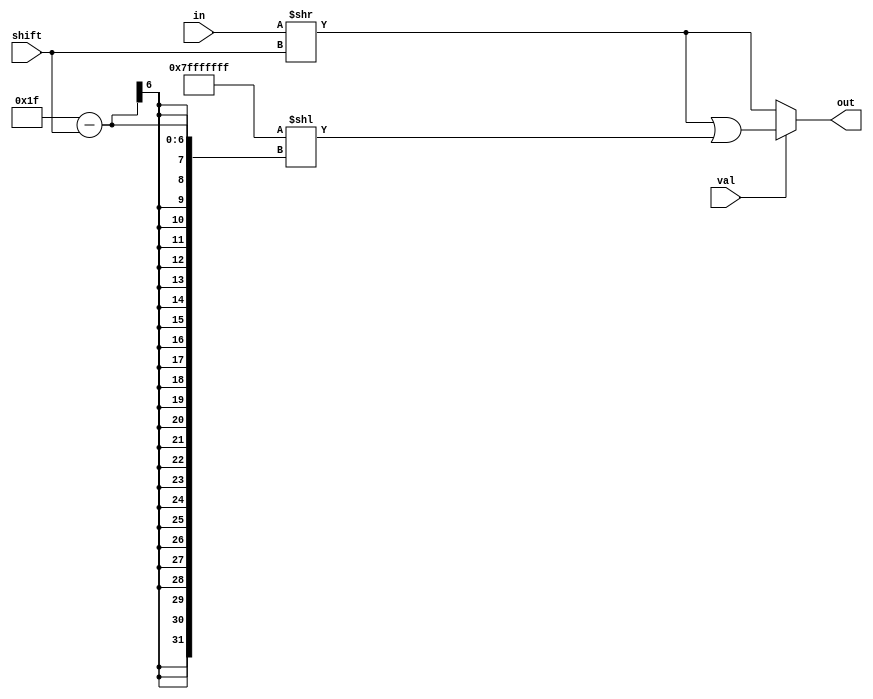
module RSHIFT32 #(parameter SIZE = 32)(input [SIZE-1:0] in, 
    input [5:0] shift, input val,
    output reg [SIZE-1:0] out);
always @(in or shift or val) begin
    out = in >> shift;
	if(val)
	    out = out | ({SIZE-1 {1'b1} } << (SIZE-1-shift));
end	
endmodule